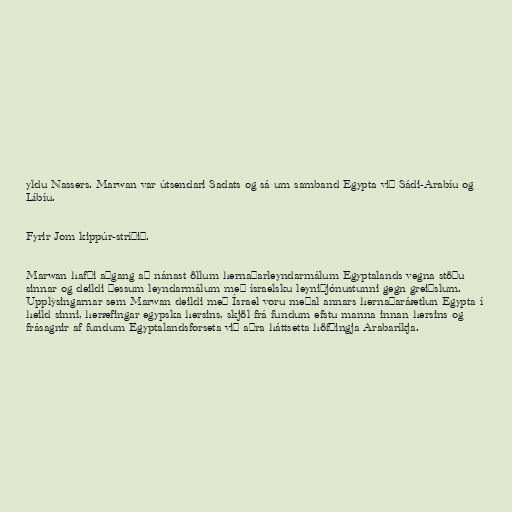
yldu Nassers. Marwan var útsendari Sadats og sá um samband Egypta við Sádi-Arabíu og
Líbíu.

Fyrir Jom kippúr-stríðið.

Marwan hafði aðgang að nánast öllum hernaðarleyndarmálum Egyptalands vegna stöðu
sinnar og deildi þessum leyndarmálum með ísraelsku leyniþjónustunni gegn greiðslum.
Upplýsingarnar sem Marwan deildi með Ísrael voru meðal annars hernaðaráætlun Egypta í
heild sinni, heræfingar egypska hersins, skjöl frá fundum efstu manna innan hersins og
frásagnir af fundum Egyptalandsforseta við aðra háttsetta höfðingja Arabaríkja.